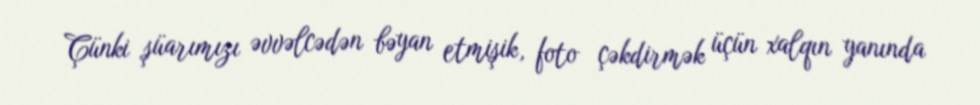
Çünki şüarımızı əvvəlcədən bəyan etmişik, foto çəkdirmək üçün xalqın yanında